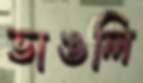
ভাঙলি